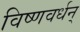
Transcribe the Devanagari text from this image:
विष्णवर्धन्